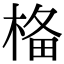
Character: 𣓂